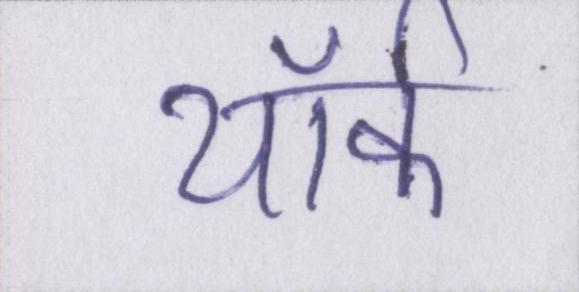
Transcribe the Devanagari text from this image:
यॉर्क